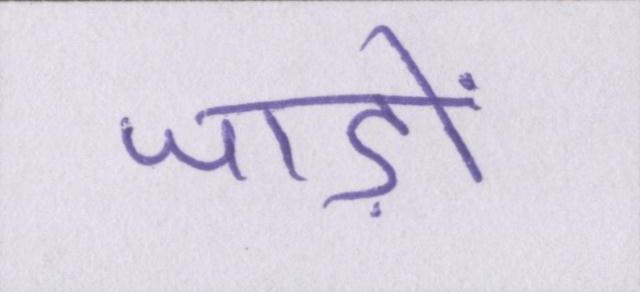
जाड़ों